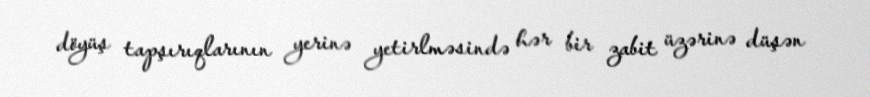
döyüş tapşırıqlarının yerinə yetirlməsində hər bir zabit üzərinə düşən